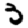
Digit: 3